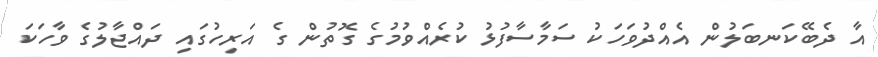
އާ ދެބޭކަނބަލުން އެއްދުވަހަކު ސަމާސާފުޅު ކުރެއްވުމުގެ ގޮތުން ގެ އަރިހުގައި ދައްޖާލުގެ ވާހަކަ